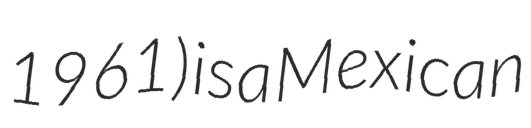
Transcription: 1961) is a Mexican